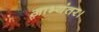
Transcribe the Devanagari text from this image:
आभ्यंतर।